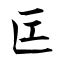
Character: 匞